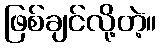
ဖြစ်ချင်လို့တဲ့။